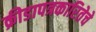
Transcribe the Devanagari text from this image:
क्रीडापत्रकारितेचे